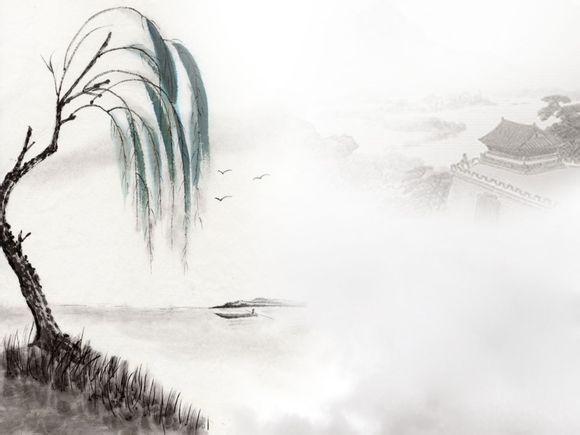
抽刀断水水更流，举杯销愁愁更愁。